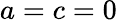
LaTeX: a=c=0